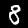
Digit: 8